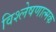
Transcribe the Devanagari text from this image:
विश्‍लेषणात्मक